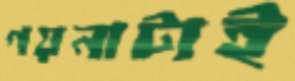
গয়নাটাই